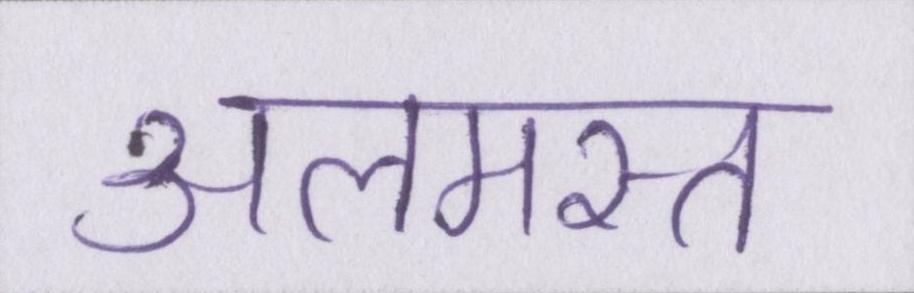
अलमस्त